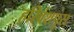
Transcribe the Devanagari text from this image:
हरिवंशपुरा